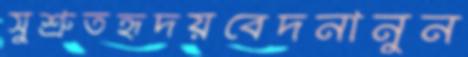
সুশ্রুতহৃদয়বেদনানুন